画像に写った文字を読んでください
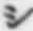
「シ」と書いてあります